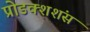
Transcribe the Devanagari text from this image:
प्रोडक्शशंस